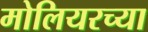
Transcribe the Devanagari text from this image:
मोलियरच्या